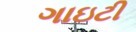
ગાઇટી